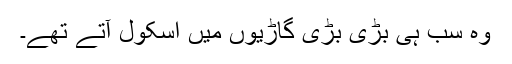
وہ سب ہی بڑی بڑی گاڑیوں میں اسکول آتے تھے۔